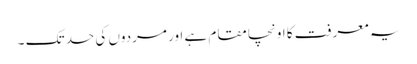
یہ معرفت کا اونچا مقام ہے اور مردوں کی حد تک ۔